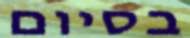
בסיום